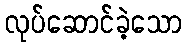
လုပ်ဆောင်ခဲ့သော